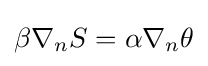
\beta \nabla _{n}S=\alpha \nabla _{n}\theta